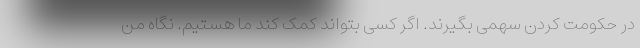
در حکومت کردن سهمی بگیرند. اگر کسی بتواند کمک کند ما هستیم. نگاه من